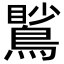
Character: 𪃧